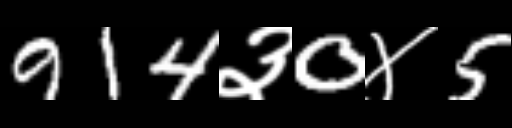
Text: 914३0४5